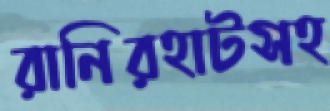
রানিরহাটসহ